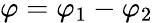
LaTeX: \varphi=\varphi_{1}-\varphi_{2}